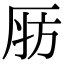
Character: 𣃞